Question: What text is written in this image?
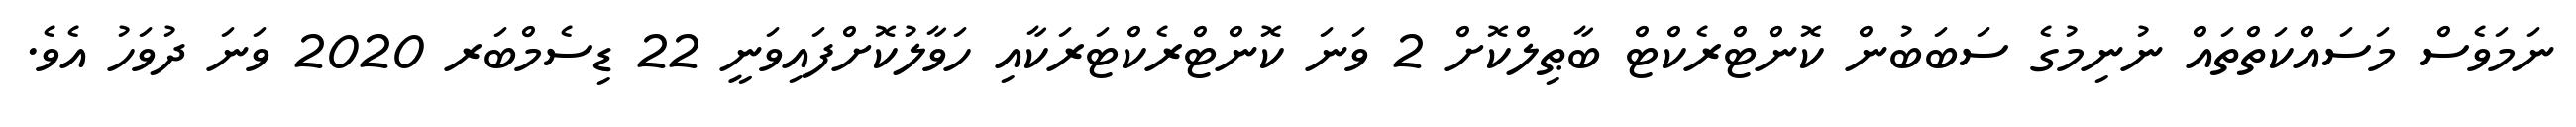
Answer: ނަމަވެސް މަސައްކަތްތައް ނުނިމުގެ ސަބަބުން ކޮންޓްރެކްޓް ބާޠިލްކޮށް 2 ވަނަ ކޮންޓްރެކްޓަރަކާއި ހަވާލުކޮށްފައިވަނީ 22 ޑިސެމްބަރ 2020 ވަނަ ދުވަހު އެވެ.